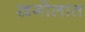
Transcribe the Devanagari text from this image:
खगोलात